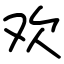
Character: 欢